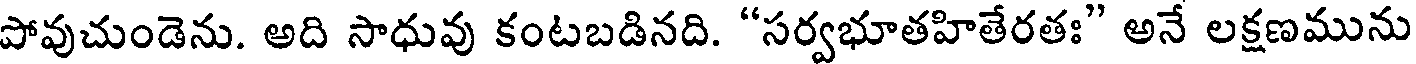
పోవుచుండెను. అది సాధువు కంటబడినది. "సర్వభూతహితేరతః" అనే లక్షణమును